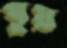
পুয়